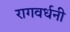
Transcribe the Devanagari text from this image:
रागवर्धनी